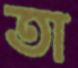
তা